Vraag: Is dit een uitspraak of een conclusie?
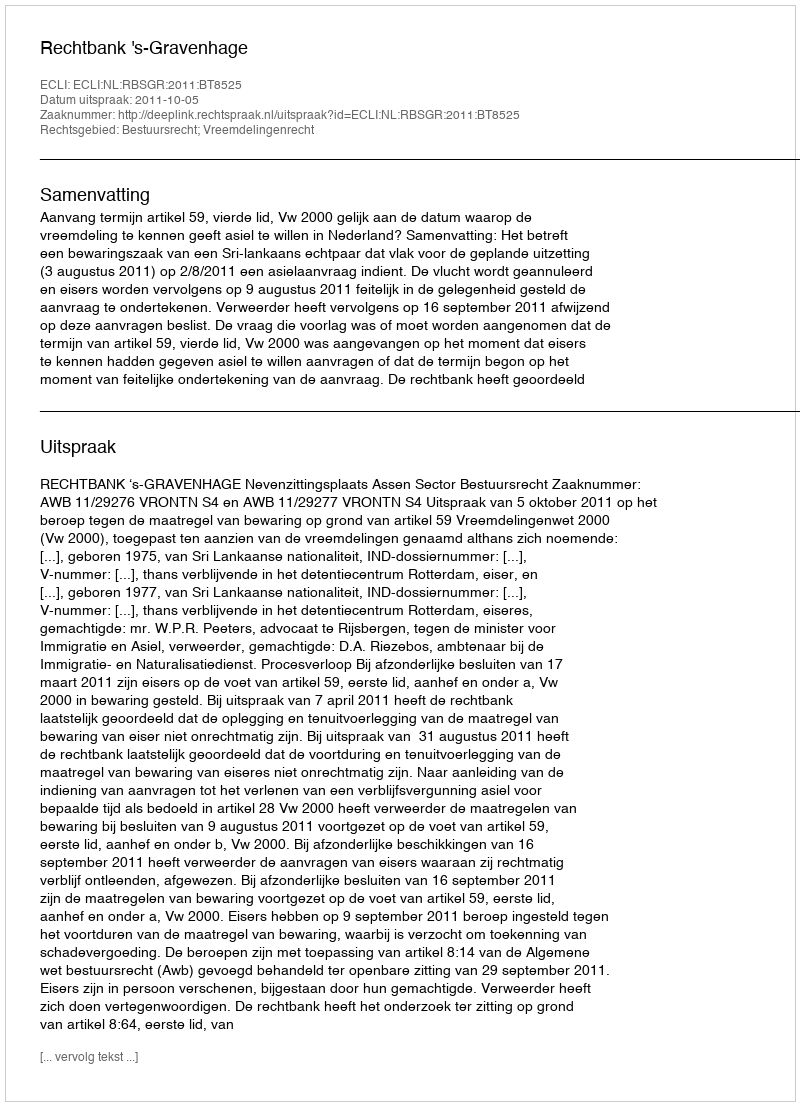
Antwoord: Uitspraak